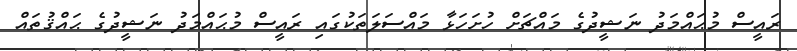
ރައީސް މުޙައްމަދު ނަޝީދުގެ މައްޗަށް ހުށަހަޅާ މައްސަލަތަކުގައި ރައީސް މުޙައްމަދު ނަޝީދުގެ ޙައްޤުތައް